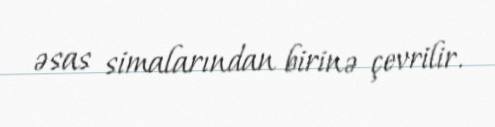
əsas simalarından birinə çevrilir.